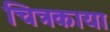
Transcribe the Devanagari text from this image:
चित्रकाया